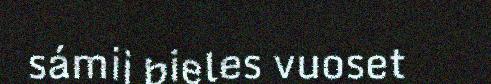
sámij bieles vuoset